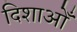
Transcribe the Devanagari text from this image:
दिशाओँ